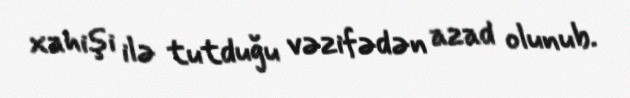
xahişi ilə tutduğu vəzifədən azad olunub.